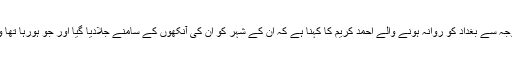
شہر میں برپا ہونے والے غدر کی وجہ سے بغداد کو روانہ ہونے والے احمد کریم کا کہنا ہے کہ ان کے شہر کو ان کی آنکھوں کے سامنے جلادیا گیا اور جو ہورہا تھا وہ اسے کنٹرول نہیں کرسکتے تھے۔